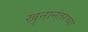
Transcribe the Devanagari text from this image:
खुनानंतरच्या